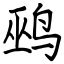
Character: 鹀